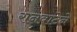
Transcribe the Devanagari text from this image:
रानवाटेने